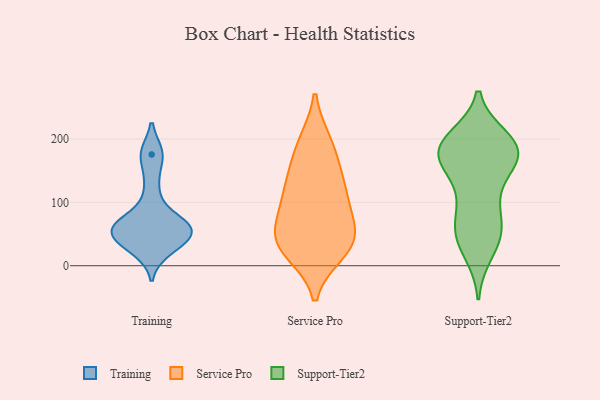
{"axis": {"x": "Revenue (USD Million)", "y": "Value"}, "legend": ["Service Pro", "Support-Tier2", "Training"], "data": [{"x": "", "y": 63, "type": "Training"}, {"x": "", "y": 175, "type": "Training"}, {"x": "", "y": 48, "type": "Training"}, {"x": "", "y": 123, "type": "Training"}, {"x": "", "y": 63, "type": "Training"}, {"x": "", "y": 55, "type": "Training"}, {"x": "", "y": 25, "type": "Training"}, {"x": "", "y": 33, "type": "Training"}, {"x": "", "y": 176, "type": "Training"}, {"x": "", "y": 73, "type": "Training"}, {"x": "", "y": 61, "type": "Training"}, {"x": "", "y": 46, "type": "Training"}, {"x": "", "y": 41, "type": "Service Pro"}, {"x": "", "y": 63, "type": "Service Pro"}, {"x": "", "y": 139, "type": "Service Pro"}, {"x": "", "y": 36, "type": "Service Pro"}, {"x": "", "y": 86, "type": "Service Pro"}, {"x": "", "y": 191, "type": "Service Pro"}, {"x": "", "y": 112, "type": "Service Pro"}, {"x": "", "y": 104, "type": "Service Pro"}, {"x": "", "y": 194, "type": "Service Pro"}, {"x": "", "y": 22, "type": "Service Pro"}, {"x": "", "y": 30, "type": "Service Pro"}, {"x": "", "y": 40, "type": "Service Pro"}, {"x": "", "y": 146, "type": "Service Pro"}, {"x": "", "y": 193, "type": "Support-Tier2"}, {"x": "", "y": 68, "type": "Support-Tier2"}, {"x": "", "y": 36, "type": "Support-Tier2"}, {"x": "", "y": 114, "type": "Support-Tier2"}, {"x": "", "y": 187, "type": "Support-Tier2"}, {"x": "", "y": 59, "type": "Support-Tier2"}, {"x": "", "y": 171, "type": "Support-Tier2"}, {"x": "", "y": 48, "type": "Support-Tier2"}, {"x": "", "y": 200, "type": "Support-Tier2"}, {"x": "", "y": 182, "type": "Support-Tier2"}, {"x": "", "y": 172, "type": "Support-Tier2"}, {"x": "", "y": 172, "type": "Support-Tier2"}, {"x": "", "y": 176, "type": "Support-Tier2"}, {"x": "", "y": 193, "type": "Support-Tier2"}, {"x": "", "y": 123, "type": "Support-Tier2"}, {"x": "", "y": 169, "type": "Support-Tier2"}, {"x": "", "y": 73, "type": "Support-Tier2"}, {"x": "", "y": 22, "type": "Support-Tier2"}]}